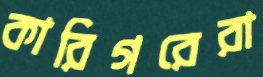
কারিগরেরা